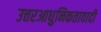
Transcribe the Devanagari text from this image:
उत्तरआधुनिकतावादी